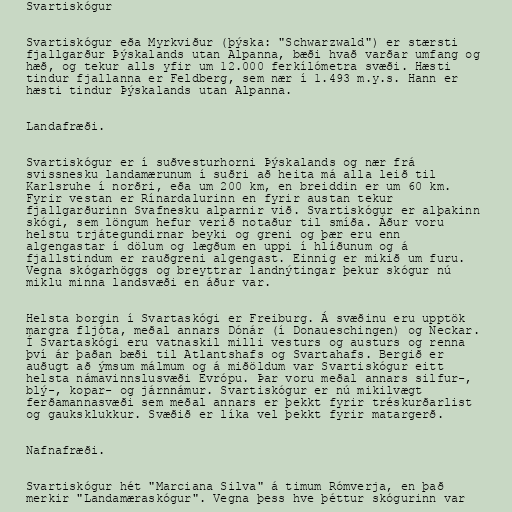
Svartiskógur

Svartiskógur eða Myrkviður (þýska: "Schwarzwald") er stærsti
fjallgarður Þýskalands utan Alpanna, bæði hvað varðar umfang og
hæð, og tekur alls yfir um 12.000 ferkílómetra svæði. Hæsti
tindur fjallanna er Feldberg, sem nær í 1.493 m.y.s. Hann er
hæsti tindur Þýskalands utan Alpanna.

Landafræði.

Svartiskógur er í suðvesturhorni Þýskalands og nær frá
svissnesku landamærunum í suðri að heita má alla leið til
Karlsruhe í norðri, eða um 200 km, en breiddin er um 60 km.
Fyrir vestan er Rínardalurinn en fyrir austan tekur
fjallgarðurinn Svafnesku alparnir við. Svartiskógur er alþakinn
skógi, sem löngum hefur verið notaður til smíða. Áður voru
helstu trjátegundirnar beyki og greni og þær eru enn
algengastar í dölum og lægðum en uppi í hlíðunum og á
fjallstindum er rauðgreni algengast. Einnig er mikið um furu.
Vegna skógarhöggs og breyttrar landnýtingar þekur skógur nú
miklu minna landsvæði en áður var.

Helsta borgin í Svartaskógi er Freiburg. Á svæðinu eru upptök
margra fljóta, meðal annars Dónár (í Donaueschingen) og Neckar.
Í Svartaskógi eru vatnaskil milli vesturs og austurs og renna
því ár þaðan bæði til Atlantshafs og Svartahafs. Bergið er
auðugt að ýmsum málmum og á miðöldum var Svartiskógur eitt
helsta námavinnslusvæði Evrópu. Þar voru meðal annars silfur-,
blý-, kopar- og járnnámur. Svartiskógur er nú mikilvægt
ferðamannasvæði sem meðal annars er þekkt fyrir tréskurðarlist
og gauksklukkur. Svæðið er líka vel þekkt fyrir matargerð.

Nafnafræði.

Svartiskógur hét "Marciana Silva" á timum Rómverja, en það
merkir "Landamæraskógur". Vegna þess hve þéttur skógurinn var